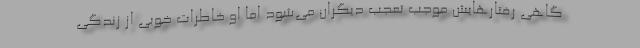
گاهی رفتارهایش موجب تعجب دیگران می‌شود اما او خاطرات خوبی از زندگی